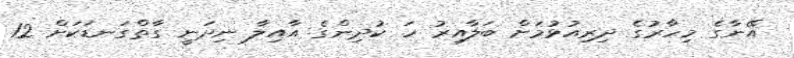
އޭނާގެ މިހާރުގެ ދިރިއުޅުމަށް ބަލާއިރު ހަ ކުދިންގެ އާއިލާ ނިދަނީ ގާތްގަނޑަކަށް 12